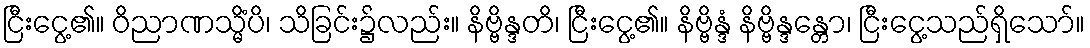
ငြီးငွေ့၏။ ဝိညာဏသ္မိံပိ၊ သိခြင်း၌လည်း။ နိဗ္ဗိန္ဒတိ၊ ငြီးငွေ့၏။ နိဗ္ဗိန္ဒံ နိဗ္ဗိန္ဒန္တော၊ ငြီးငွေ့သည်ရှိသော်။